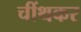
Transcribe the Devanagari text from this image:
चींथकर